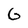
Character: 6